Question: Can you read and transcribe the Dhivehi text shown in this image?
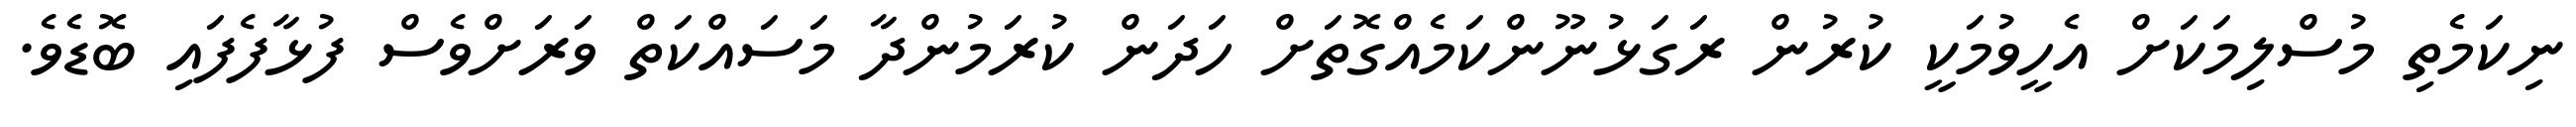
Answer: ނިކަމެތި މުސްލިމަކަށް އެހީވުމަކީ ކުރުން ރަގަޅުނޫންކަމެއްގޮތަށް ހަދަން ކުރަމުންދާ މަސައްކަތް ވަރަށްވެސް ފުޅާފެފައި ބޮޑެވެ.